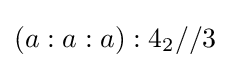
\left(a:a:a\right):4_{2}//3